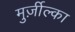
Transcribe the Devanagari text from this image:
मुर्ज़ील्का